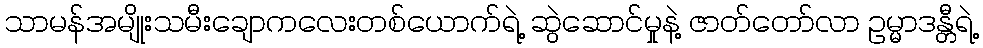
သာမန်အမျိုးသမီးချောကလေးတစ်ယောက်ရဲ့ ဆွဲဆောင်မှုနဲ့ ဇာတ်တော်လာ ဥမ္မာဒန္တီရဲ့